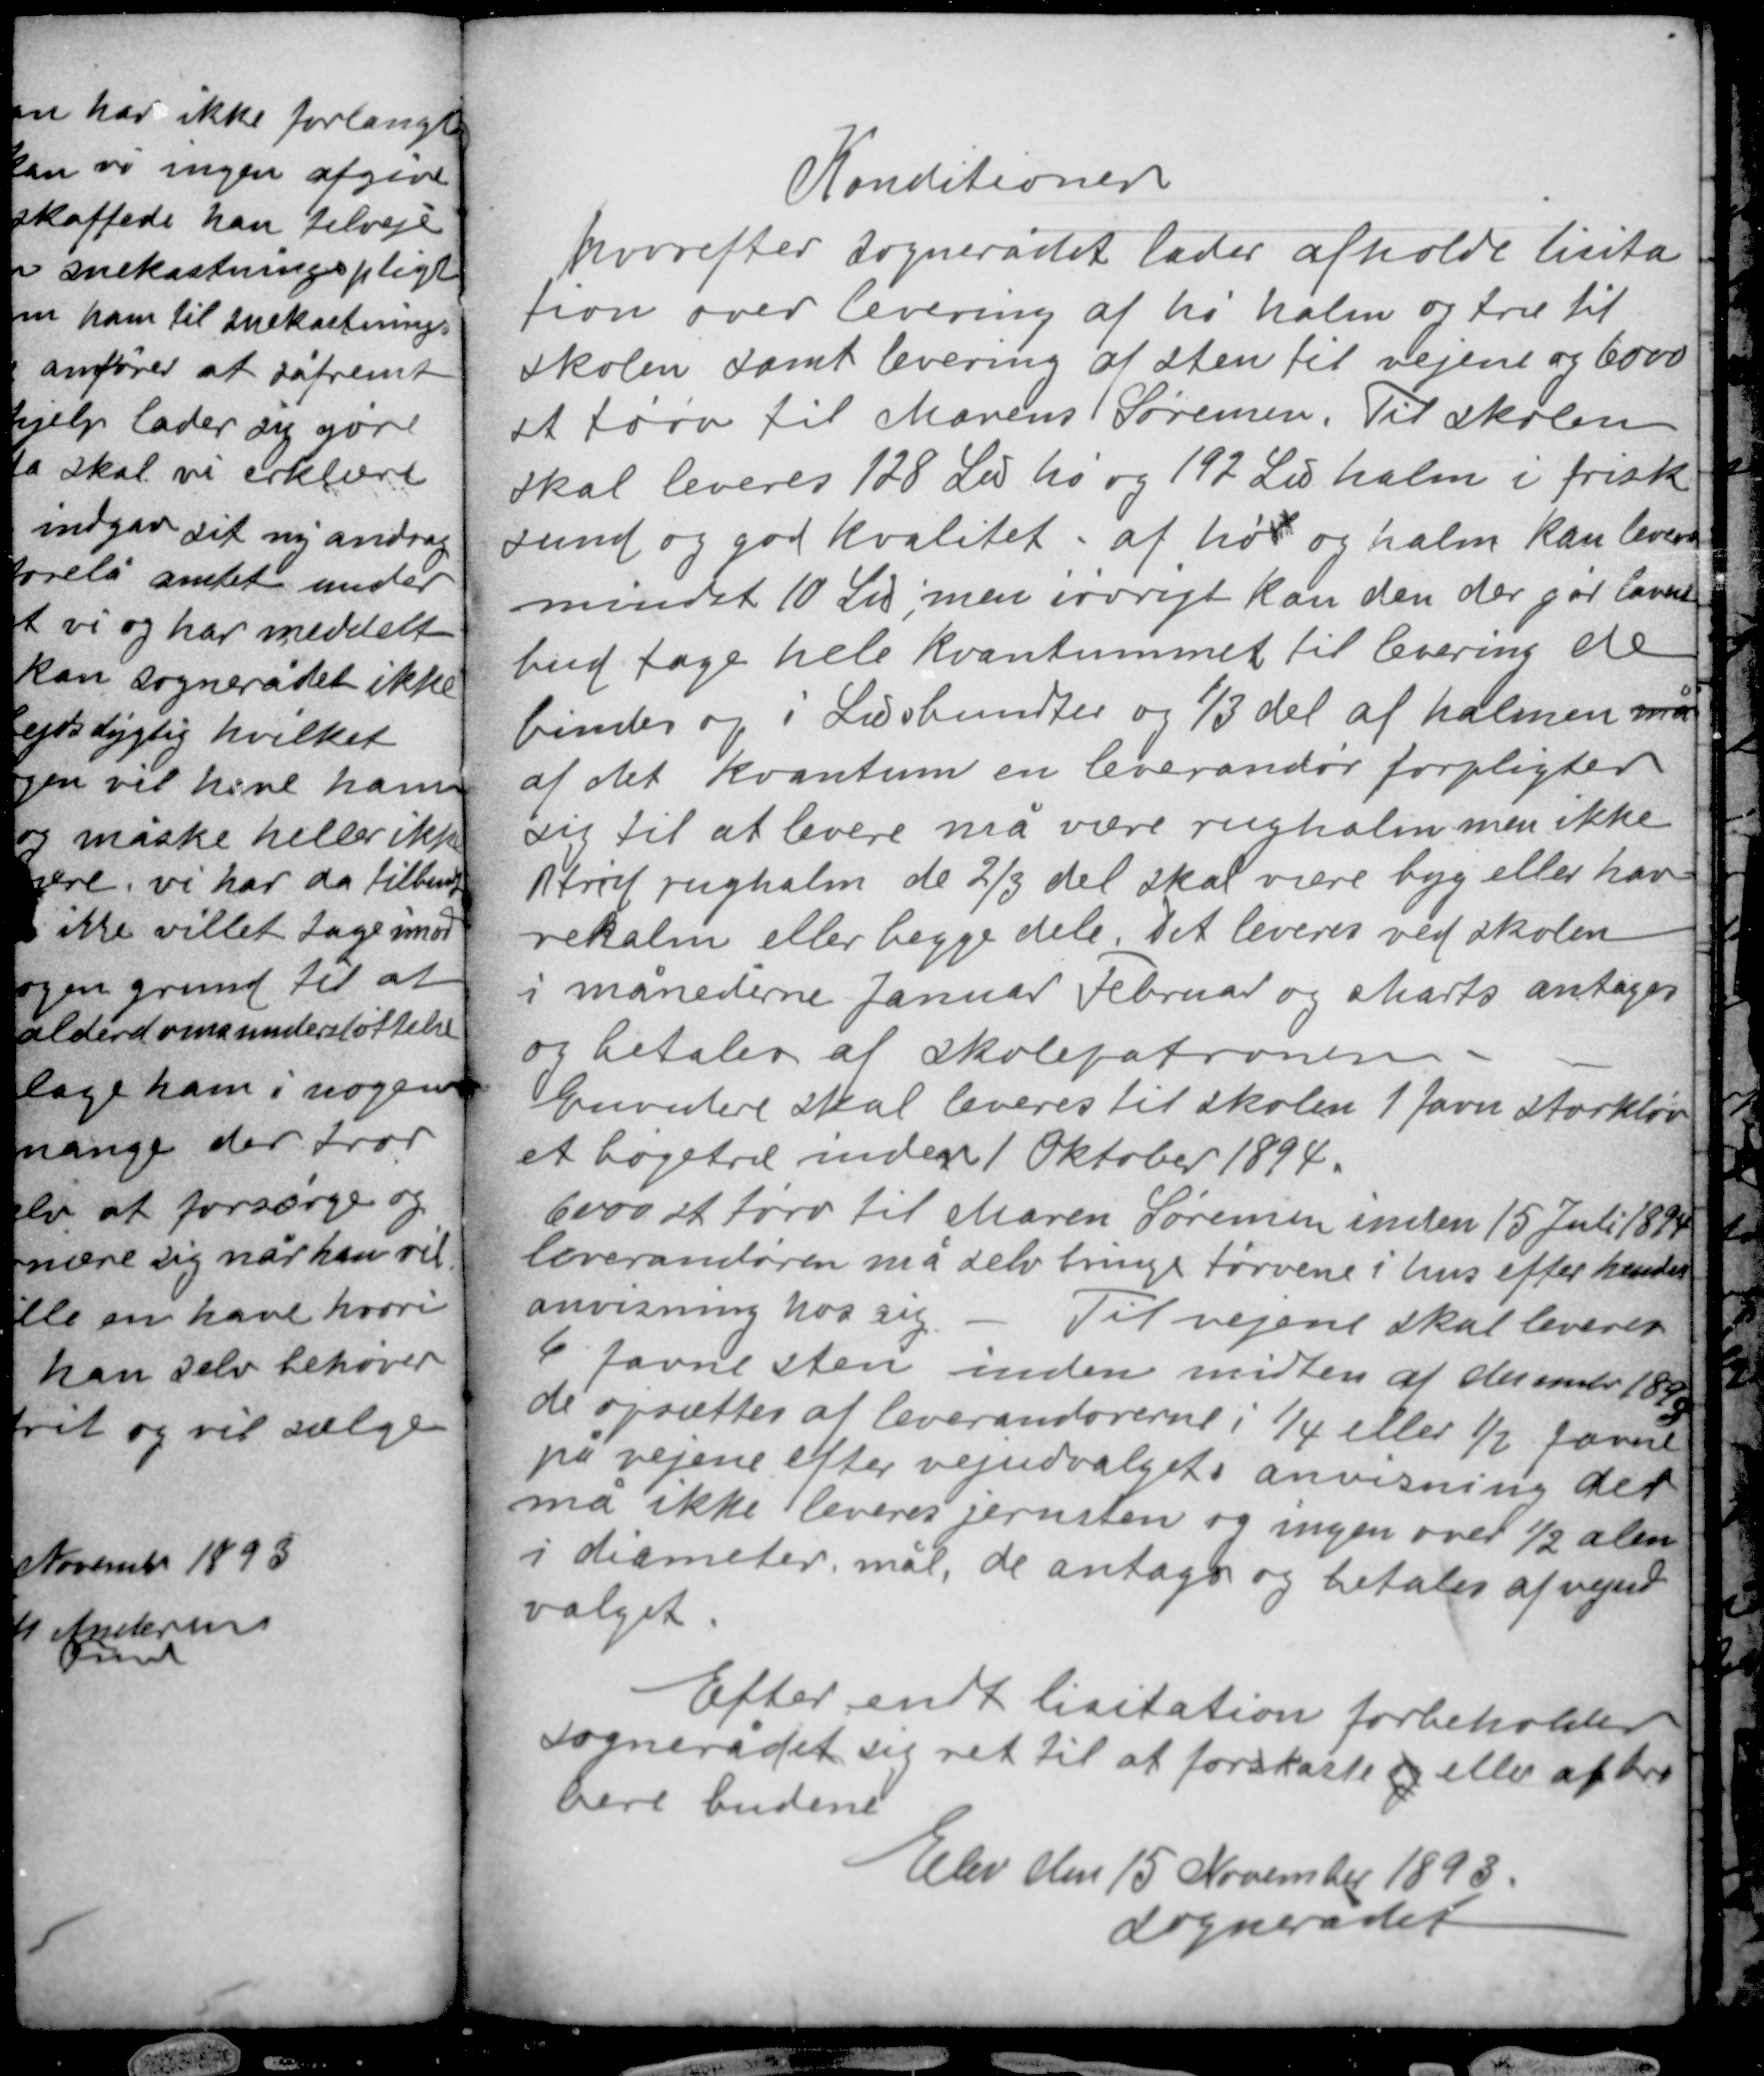
Transskription:
Konditioner
hvorefter sognerådet lader afholde lisita-
tion over levering af hø halm og træ til
skolen samt levering af sten til vejene og 6000
st tørv til Marens Sørensen. Til skolen
skal leveres 128 ℔ hø og 192 ℔ halm i frisk
sund og god kvalitet af høx og halm kan leveres
mindst 10 ℔ men iøvrigt kan den der gør lavest
bud tage hele kvantummet til levering de
bindes op i ℔ bundter og 1/3 del af halmen må
af det kvantum en leverandør forpligter
sig til at leveres må være rughalm men ikke
strid rughalm de 2/3 del skal være byg eller hav-
rehalm eller begge dele. Det leveres ved skolen
i månederne Januar Februar og Marts antages
og betales af skolepatronen.
Endvidere skal leveres til skolen 1 favn storkløv-
et bøgetræ inden 1 Oktober 1894.

6000 st tørv til Maren Sørensen inden 15 Juli 1894
leverandøren må selv bringe tørvene i hus efter hendes
anvisning hos sig. Til vejene skal leveres
6 favne sten inden midten af december 1893
de opsættes af leverandørerne i 1/4 eller ½ favne
på vejene efter vejudvalgets anvisning der
må ikke leveres jernsten og ingen over ½ alen
i diameter mål, de antages og betales af vejud-
valget.

Efter endt lisitation forbeholder
sognerådet sig ret til at forskaste og eller appro-
bere budene
Elev den 15 November 1893
sognerådet